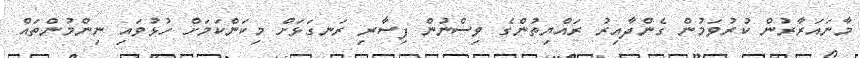
މާނައަރާރުން ކުރުވަމުން ގެންދާއިރު ރައްޔިތުންގެ ވިސްނުން ފިސާރި ރަނގަޅަށް މިކަންކަމަށް ހުޅުވައި ނިންމުންތައް